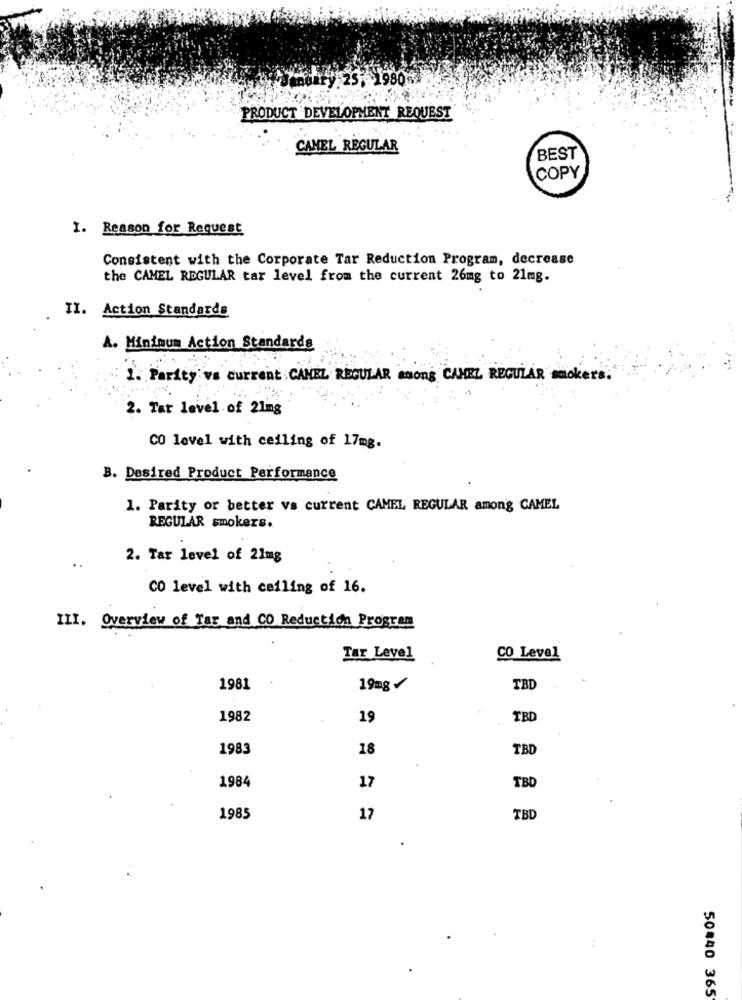
PRODUCT DEVELOPMENT REQUEST
CAMEL REGULAR
BEST
COPY
I. Reason for Request
Consistent with the Corporate Tar Reduction Program, decrease
the CAMEL REGULAR tar level from the current 26mg to 21mg.
II. Action Standards
A. Minimum Action Standards
1. Parity va current. CANEL REGULAR among CAMEL REGULAR smokers.
2. Tar level of 21mg
CO level with ceiling of 17mg.
B. Desired Product Performance
1. Parity or better vs current CAMEL REGULAR among CAMEL
REGULAR smokers.
2. Tar level of 21mg
..
CO level with ceiling of 16.
III. Overview of Tas and CO Reduction Program
Tar Level
CO Level
1981
19mg /
TBD
1982
19
TBI
1983
18
TB
1984
17
TBD
1985
17
TBD
50440 365